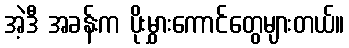
အဲ့ဒီ အခန်းက ပိုးမွှားကောင်တွေများတယ်။